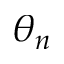
\theta _ { n }